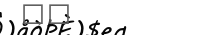
٥٠